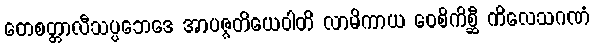
တေစတ္တာလီသပ္ပဘေဒေ အာပဇ္ဇတိယေဝါတိ လာမိကာယ ဝေစိကိစ္ဆီ ကိလေသဂဏံ